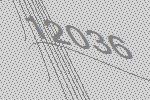
12036